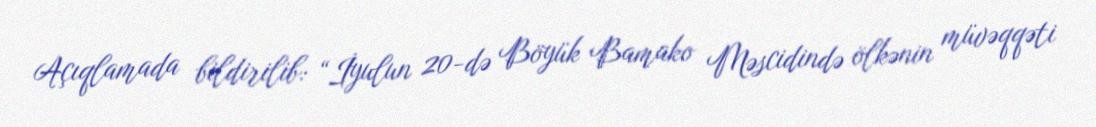
Açıqlamada bildirilib: “İyulun 20-də Böyük Bamako Məscidində ölkənin müvəqqəti